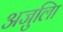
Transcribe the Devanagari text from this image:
अजुलिा